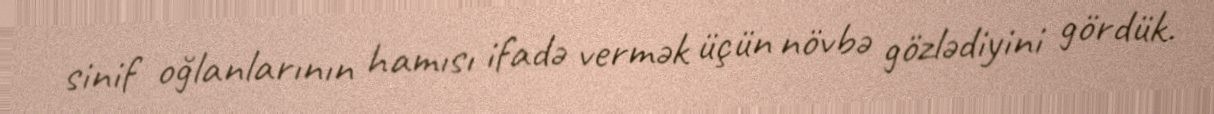
sinif oğlanlarının hamısı ifadə vermək üçün növbə gözlədiyini gördük.